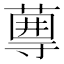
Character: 𡭆